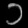
Digit: ၁